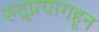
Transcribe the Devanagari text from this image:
रुद्र्प्रयागहून